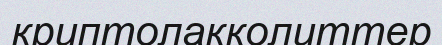
криптолакколиттер